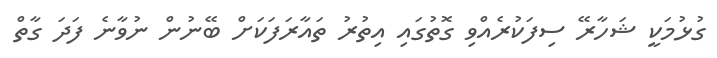
ގުޅުމަކީ ޝަހާރޭ ސިފަކުރެއްވި ގޮތުގައި އިތުރު ތައާރަފަކަށް ބޭނުން ނުވާނެ ފަދަ ގާތް